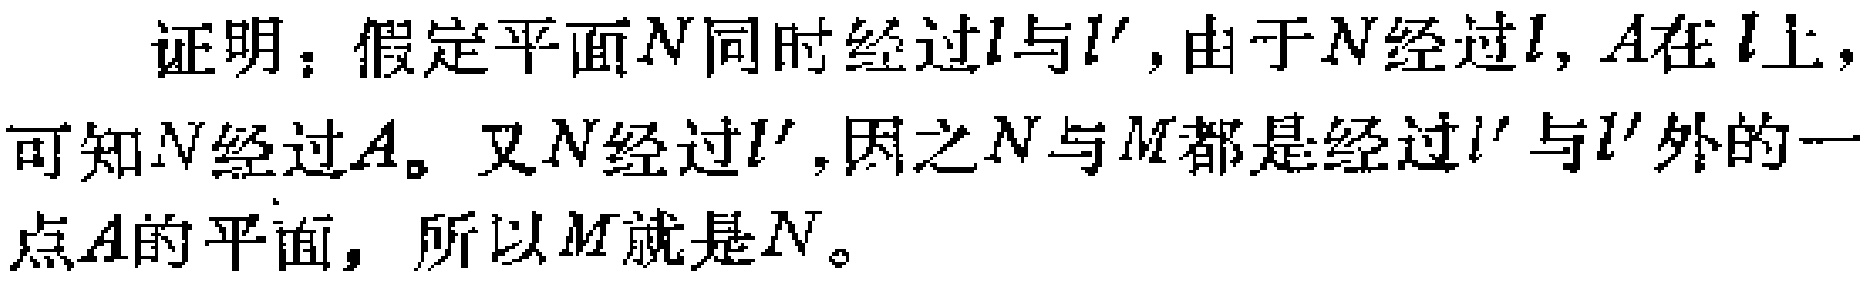
证明：假定平面\(N\)同时经过\(l\)与\(l'\)，由于\(N\)经过\(l\)，\(A\)在\(l\)上，可知\(N\)经过\(A\)。又\(N\)经过\(l'\)，因之\(N\)与\(M\)都是经过\(l'\)与\(l'\)外的一点\(A\)的平面，所以\(M\)就是\(N\)。